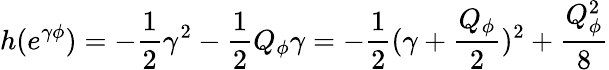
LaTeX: h(e^{\gamma\phi})=-{\frac{1}{2}}\gamma^{2}-{\frac{1}{2}}Q_{\phi}\gamma=-{\frac{1}{2}}(\gamma+{\frac{Q_{\phi}}{2}})^{2}+{\frac{Q_{\phi}^{2}}{8}}